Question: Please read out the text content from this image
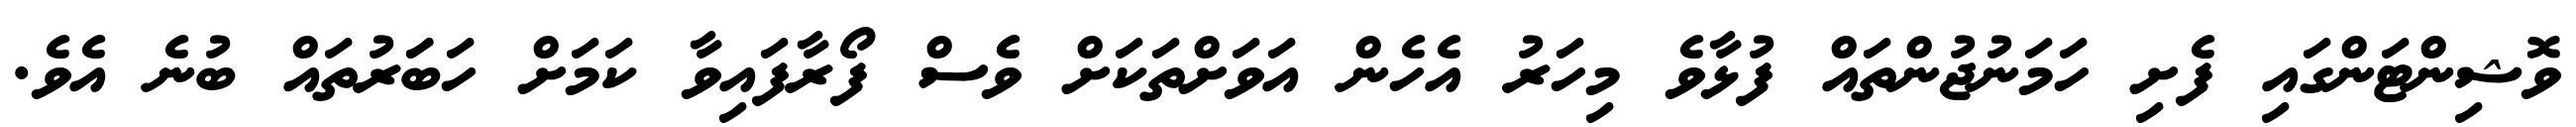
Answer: ވޮޝިންޓަންގައި ފެށި ހަމަނުޖުންތައް ފުޅާވެ މިހަރު އެހެން އަވަށްތަކަށް ވެސް ފޯރާފައިވާ ކަމަށް ހަބަަރުތައް ބުނެ އެވެ.